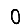
Digit: 0